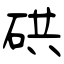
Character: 硔